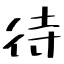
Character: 待